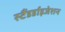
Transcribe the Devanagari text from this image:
स्टैंडर्डाइजेशन